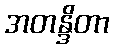
အတန္ဒိတာ